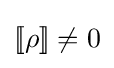
[\![\rho ]\!]\neq 0